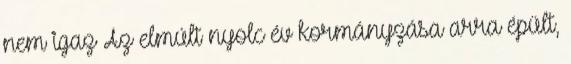
nem igaz Az elmúlt nyolc év kormányzása arra épült,